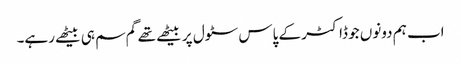
اب ہم دونوں جو ڈاکٹر کے پاس سٹول پر بیٹھے تھے گم سم ہی بیٹھے رہے۔